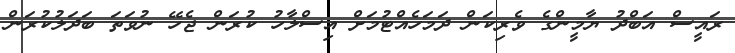
ރައީސް އަބްދު ޔާމީންގެ ވެރިކަން ދަމަހެއްޓުމަށް އިސްލާހު ކުރަން ޖެހޭ ނުވަތަ ބަދަލުކުރަން